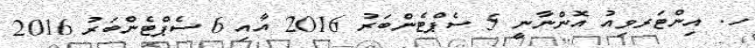
ހ. އިންޓަރވިއު އޮންނާނީ 5 ސެޕްޓެންބަރު 2016 އާއި 6 ސެޕްޓެންބަރު 2016